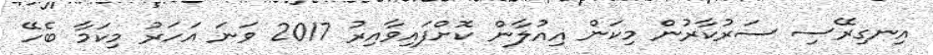
އިނގިރޭސި ސަރުކާރުން މިކަން އިއުލާން ކޮށްފައިވާއިރު 2017 ވަނަ އަހަރު މިކަމާ ބެހޭ